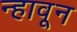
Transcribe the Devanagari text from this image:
न्हावून